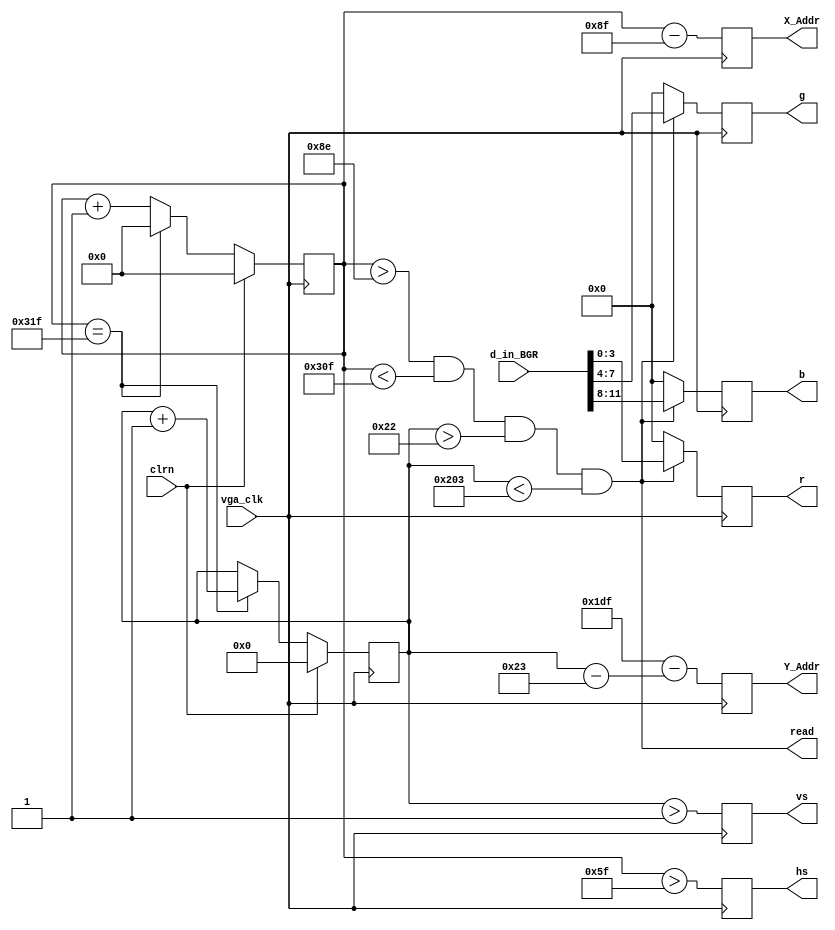
`timescale 1ns / 1ps
//////////////////////////////////////////////////////////////////////////////////
// Company:
// Engineer:
//
// Design Name:
// Module Name:    vgac
// Project Name:
// Target Devices:
// Tool versions:
// Description:
//
// Dependencies:
//
// Revision:
// Revision 0.01 - File Created
// Additional Comments:
//
//////////////////////////////////////////////////////////////////////////////////
module vgac(input vga_clk,           // 25MHz
            input clrn,              // Clear the screen
            input [11:0] d_in_BGR,   // bbbb_gggg_rrrr, pixel
            output read,             // read pixel RAM (active_high)
            output reg [8:0] Y_Addr, // pixel ram Y address, 480 (512) lines
            output reg [9:0] X_Addr, // pixel ram X address, 640 (1024) pixels
            output reg [3:0] r,
            output reg [3:0] g,
            output reg [3:0] b,      // red, green, blue colors
            output reg hs,
            output reg vs);          // horizontal and vertical synchronization
    
    // X_count: VGA horizontal counter (0-799)
    reg [9:0] X_count;           // VGA horizontal counter (0-799): pixels
    always @ (posedge vga_clk) begin
        if (clrn) begin
            X_count <= 10'h0;
            end else if (X_count == 10'd799) begin
            X_count <= 10'h0;
            end else begin
            X_count <= X_count + 10'h1;
        end
    end
    
    // Y_count: VGA vertical counter (0-524)
    reg [8:0] Y_count; // VGA vertical   counter (0-524): lines
    always @ (posedge vga_clk/* or negedge clrn*/) begin
        if (clrn) begin
            Y_count <= 10'h0;
            end else if (X_count == 10'd799) begin
            if (Y_count == 10'd524) begin
                Y_count <= 10'h0;
                end else begin
                Y_count <= Y_count + 10'h1;
            end
        end
    end
    
    // signals, will be latched for outputs
    wire  [8:0]  Y_tmp  = Y_count - 10'd35;     // pixel ram Y addr
    wire  [9:0]  X_tmp  = X_count - 10'd143;    // pixel ram X addr
    wire         X_sync = (X_count > 10'd95);    //  96 -> 799
    wire         Y_sync = (Y_count > 10'd1);     //   2 -> 524
    assign       read = (X_count > 10'd142) && // 143 -> 782
    (X_count < 10'd783) && //        640 pixels
    (Y_count > 10'd34)  && //  35 -> 514
    (Y_count < 10'd515);   //        480 lines
    // vga signals
    always @ (posedge vga_clk) begin
        Y_Addr <= 479 - Y_tmp;        // pixel ram Y address
        X_Addr <= X_tmp;        // pixel ram X address
        // rdn <= ~read;         // read pixel (active low)
        hs     <= X_sync;       // horizontal synchronization
        vs     <= Y_sync;       // vertical   synchronization
        r      <= read ? d_in_BGR[3:0]  : 4'b0;  // 4-bit red
        g      <= read ? d_in_BGR[7:4]  : 4'b0;  // 4-bit green
        b      <= read ? d_in_BGR[11:8] : 4'b0;  // 4-bit blue
    end
endmodule